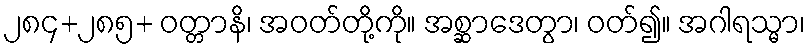
၂၈၄+၂၈၅+ ဝတ္တာနိ၊ အဝတ်တို့ကို။ အစ္ဆာဒေတွာ၊ ဝတ်၍။ အဂါရသ္မာ၊